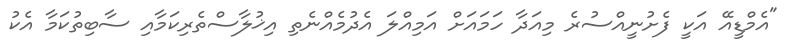
"އެމްޑީއޭ އަކީ ފެށުނީއްސުރެ މިއަދާ ހަމައަށް އަމިއްލަ އެދުމެއްނެތި އިޚުލާސްތެރިކަމާއި ސާބިތުކަމާ އެކު